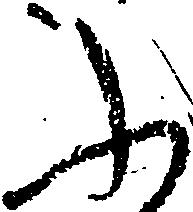
ふ